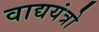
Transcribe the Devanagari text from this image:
वाद्ययंत्रो